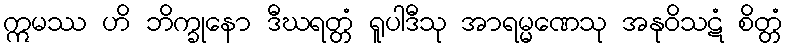
ဣမဿ ဟိ ဘိက္ခုနော ဒီဃရတ္တံ ရူပါဒီသု အာရမ္မဏေသု အနုဝိသဋံ စိတ္တံ